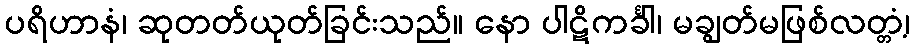
ပရိဟာနံ၊ ဆုတတ်ယုတ်ခြင်းသည်။ နော ပါဋိကင်္ခါ၊ မချွတ်မဖြစ်လတ္တံ့၊